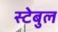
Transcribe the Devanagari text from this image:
स्टेबुल